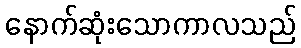
နောက်ဆုံးသောကာလသည်